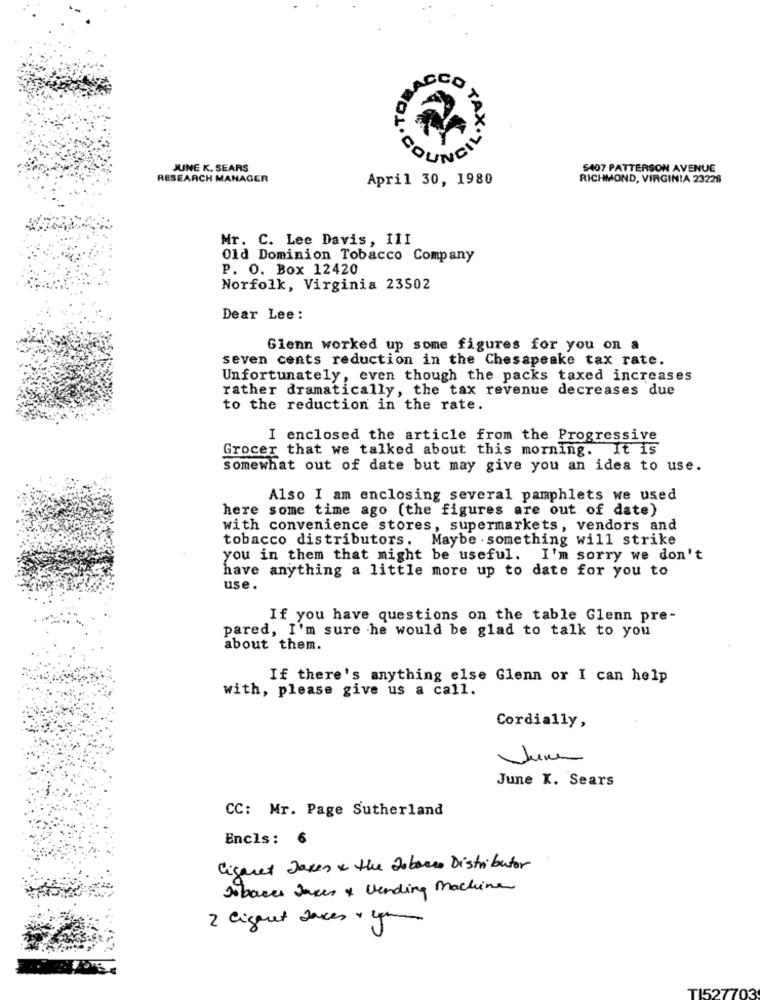
PACCO
TAX
JUNE K. SEARS
$407 PATTERSON AVENUE
RESEARCH MANAGER
April 30, 1980
RICHMOND, VIRGINIA 23228
Mr. C. Lee Davis, 11I
Old Dominion Tobacco Company
P. O. Box 12420
Norfolk, Virginia 23502
Dear Lee:
Glenn worked up some figures for you on a
seven cents reduction in the Chesapeake tax rate.
Unfortunately, even though the packs taxed increases
rather dramatically, the tax revenue decreases due
to the reduction in the rate.
I enclosed the article from the Progressive
Grocer that we talked about this morning. It is
somewhat out of date but may give you an idea to use.
Also I am enclosing several pamphlets we used
here some time ago (the figures are out of date)
with convenience stores, supermarkets, vendors and
tobacco distributors. Maybe . something will strike
you in them that might be useful. I'm sorry we don't
have anything a little more up to date for you to
use.
If you have questions on the table Glenn pre-
pared, I'm sure he would be glad to talk to you
about them.
If there's anything else Glenn or I can help
with, please give us a call.
Cordially,
June
June K. Sears
CC: Mr. Page Sutherland
Encls: 6
Cigaret James x the tobacco Distributor
Dobaces Jakes & Vending Machine
2 Cigaret daces + 4pm
TI527703